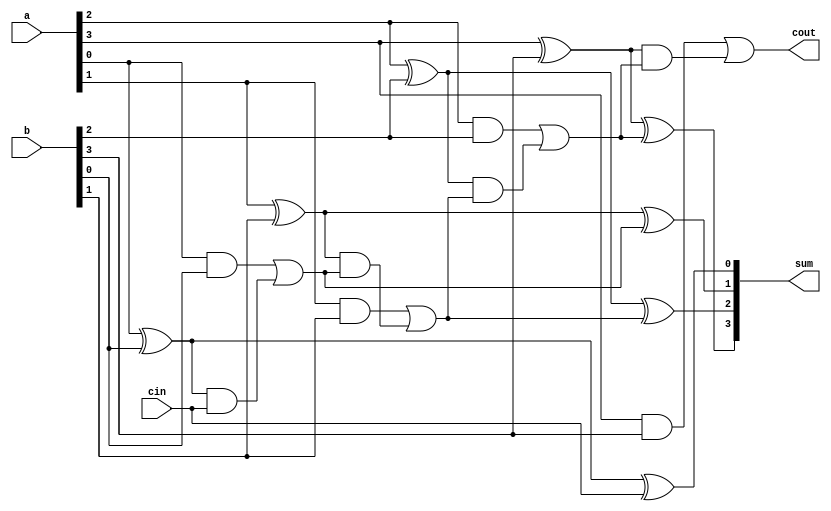
`timescale 1ns / 1ps
//////////////////////////////////////////////////////////////////////////////////
// Company: 
// Engineer: 
// 
// Design Name: 
// Module Name:    CLA 
// Project Name: 
// Target Devices: 
// Tool versions: 
// Description: 
//
// Dependencies: 
//
// Revision: 
// Revision 0.01 - File Created
// Additional Comments: 
//
//////////////////////////////////////////////////////////////////////////////////
module CLA(
    input [3:0]a,
    input [3:0]b,
    input cin,
    output reg cout,
    output reg[3:0]sum
    );
	 integer i;
	 reg [3:0]p,g;
	 reg [4:0]c;
	 always@(*)
	 begin
		c[0]=cin;
		for(i=0; i<4; i=i+1)
		begin
			p[i]=a[i]^b[i];
			g[i]=a[i]&b[i];
			sum[i]=p[i]^c[i];
			c[i+1]=(g[i] | p[i]&c[i]);
		end
		cout=c[4];
	 end


endmodule